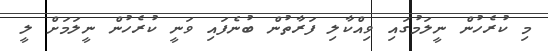
މި ކުރެހުން ނީލަމުގައި ވިއްކާލި ފަރާތުން ބުނެފައި ވަނީ ކުރެހުން ނީލަމަށް ލީ